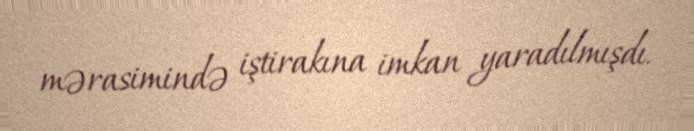
mərasimində iştirakına imkan yaradılmışdı.